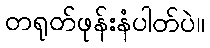
တရုတ်ဖုန်းနံပါတ်ပဲ။